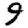
Digit: 9